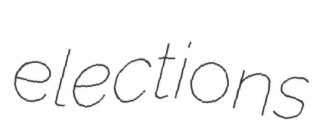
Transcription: elections